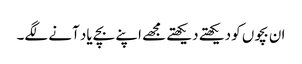
ان بچوں کو دیکھتے دیکھتے مجھے اپنے بچے یاد آنے لگے۔